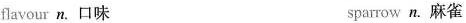
flavour n. 口味 sparmw n.麻雀